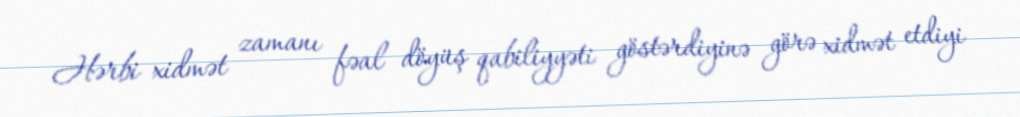
Hərbi xidmət zamanı fəal döyüş qabiliyyəti göstərdiyinə görə xidmət etdiyi